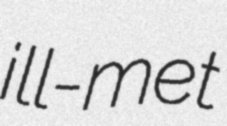
ill-met